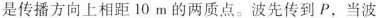
是传播方向上相距10m的两质点。波先传到P，当波